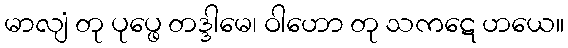
မာလျံ တု ပုပ္ဖေ တဒ္ဒါမေ၊ ဝါဟော တု သကဋေ ဟယေ။